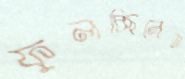
ফুলচ্ছিলেম